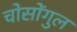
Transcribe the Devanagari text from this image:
चोसोंगुल